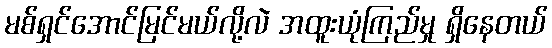
မစ်ရှင်အောင်မြင်မယ်လို့လဲ အထူးယုံကြည်မှု ရှိနေတယ်